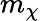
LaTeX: m_{\chi}